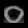
Digit: ၀